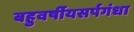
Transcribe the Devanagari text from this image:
बहुवर्षीयसर्पगंधा